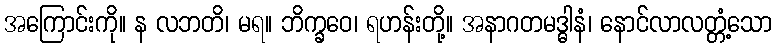
အကြောင်းကို။ န လဘတိ၊ မရ။ ဘိက္ခဝေ၊ ရဟန်းတို့။ အနာဂတမဒ္ဓါနံ၊ နောင်လာလတ္တံ့သော